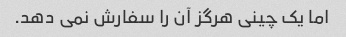
اما یک چینی هرگز آن را سفارش نمی دهد.